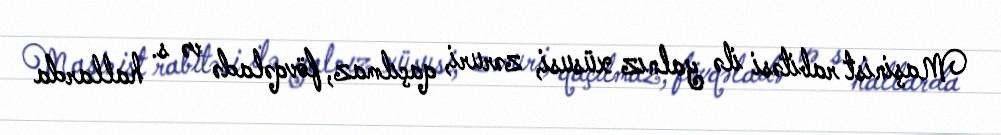
Maşinist rabitəsi ilə yalnız xüsusi, zəruri, qaçılmaz, fövqəladə və s. hallarda